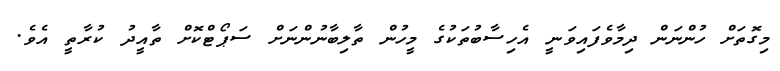
މިގޮތަށް ހުންނަން ދިމާވެފައިވަނީ އެހިސާބުތަކުގެ މީހުން ތާލިބާނުންނަށް ސަޕޯޓްކޮށް ތާއީދު ކުރާތީ އެވެ.